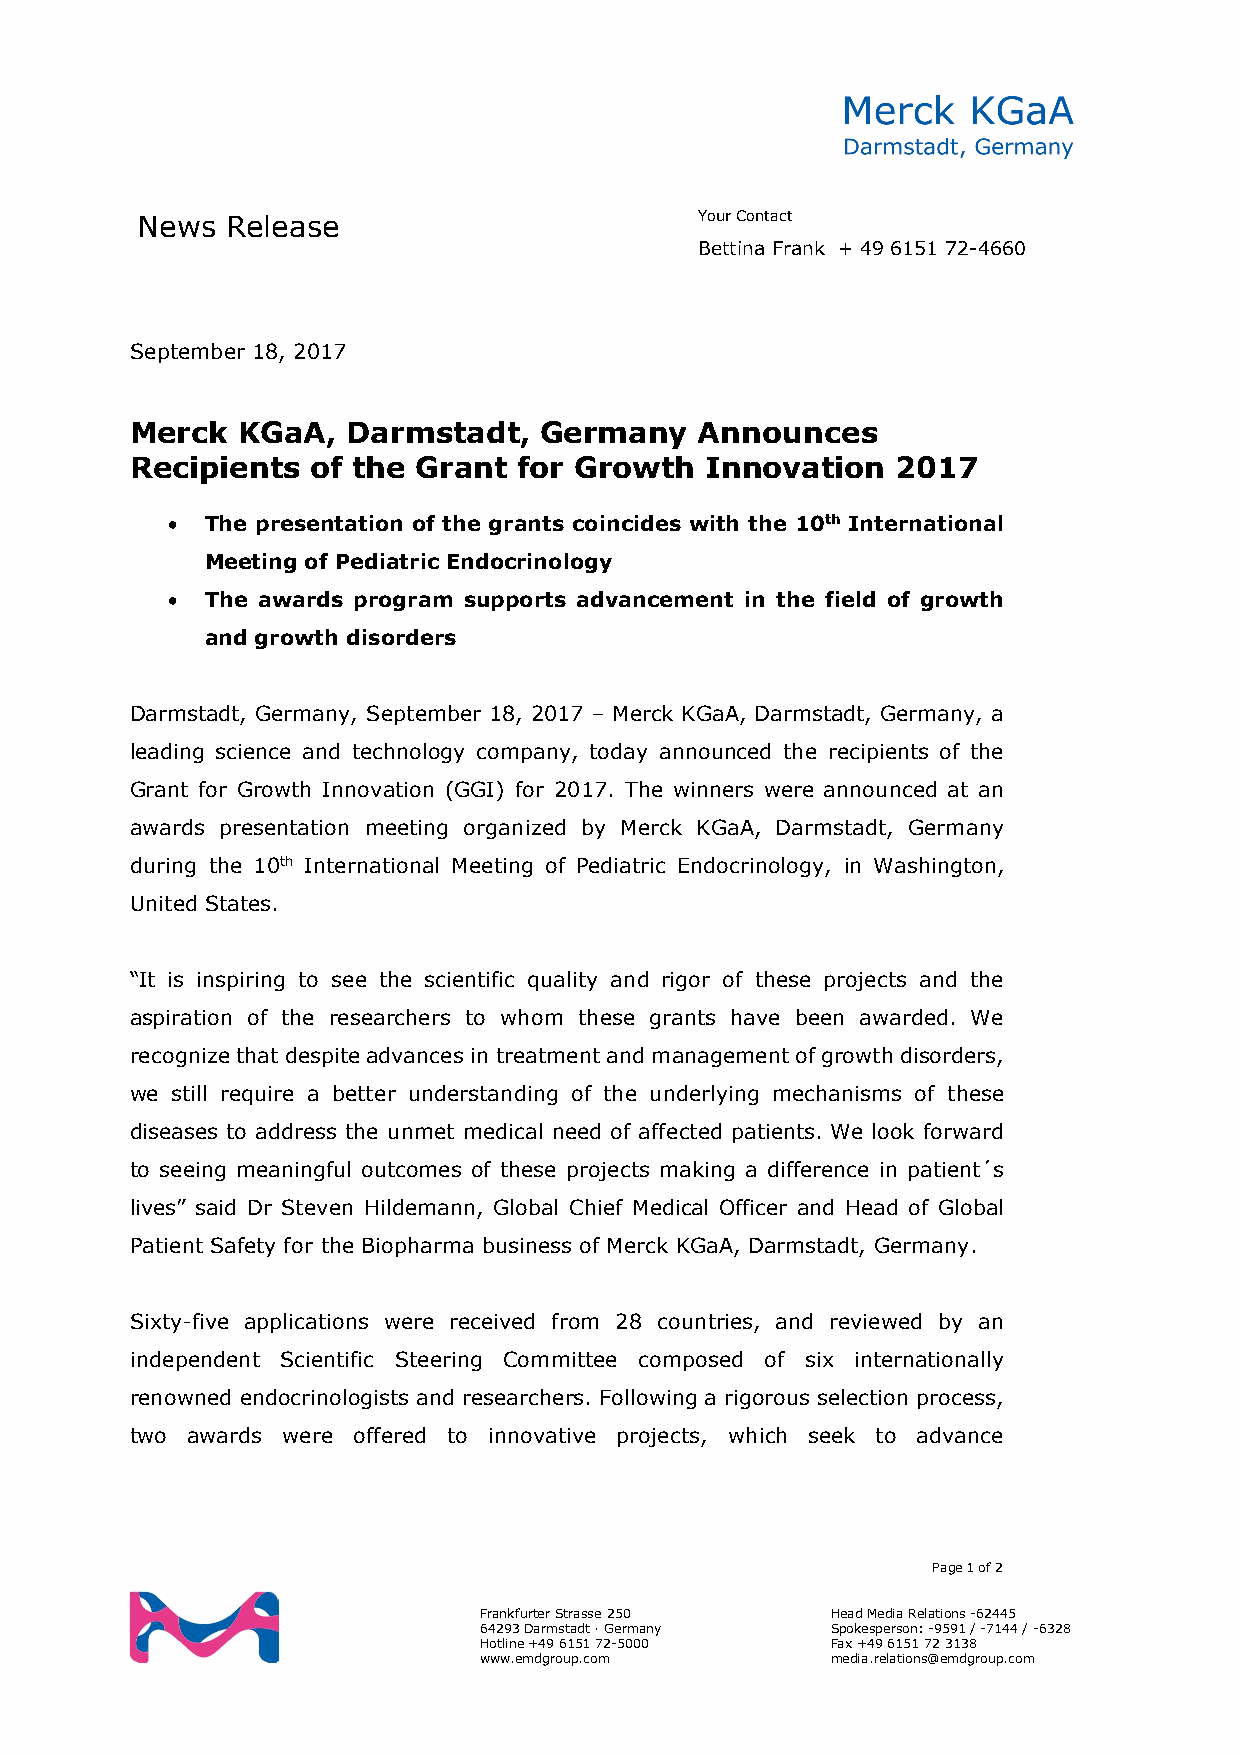
News  Release                        Your Contact
 Bettina Frank + 49 6151 72-4660
 September 18, 2017
 Merck  KGaA,  Darmstadt,   Germany   Announces
 Recipients  of the Grant for Growth   Innovation  2017
 •  The presentation of the grants coincides with the 10th International
 Meeting of Pediatric Endocrinology
 •  The awards program supports advancement in the field of growth
 and growth disorders
 Darmstadt, Germany, September 18, 2017 – Merck KGaA, Darmstadt, Germany, a
 leading science and technology company, today announced the recipients of the
 Grant for Growth Innovation (GGI) for 2017. The winners were announced at an
 awards presentation meeting organized by Merck KGaA, Darmstadt, Germany
 during the 10th International Meeting of Pediatric Endocrinology, in Washington,
 United States.
 “It is inspiring to see the scientific quality and rigor of these projects and the
 aspiration of the researchers to whom these grants have been awarded. We
 recognize that despite advances in treatment and management of growth disorders,
 we still require a better understanding of the underlying mechanisms of these
 diseases to address the unmet medical need of affected patients. We look forward
 to seeing meaningful outcomes of these projects making a difference in patient´s
 lives” said Dr Steven Hildemann, Global Chief Medical Officer and Head of Global
 Patient Safety for the Biopharma business of Merck KGaA, Darmstadt, Germany.
 Sixty-five applications were received from 28 countries, and reviewed by an
 independent Scientific Steering Committee composed of six internationally
 renowned endocrinologists and researchers. Following a rigorous selection process,
 two awards were offered to innovative projects, which seek to advance
 Page 1 of 2
 Frankfurter Strasse 250 Head Media Relations -62445
 64293 Darmstadt · Germany Spokesperson: -9591 / -7144 / -6328
 Hotline +49 6151 72-5000 Fax +49 6151 72 3138
 www.emdgroup.com       media.relations@emdgroup.com